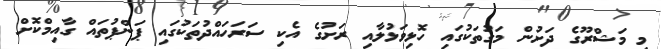
މި މަޝްރޫގެ ދަށުން މަގުތަކުގައި ހޮޅިވަޅުލާއި ރަށުގެ އެކި ސަރަހައްދުތަކުގައި ޕަންޕުތައް ގާއިމްކޮށް